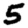
Digit: 5